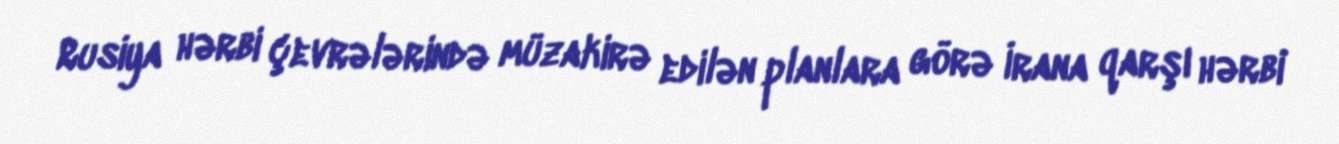
Rusiya hərbi çevrələrində müzakirə edilən planlara görə İrana qarşı hərbi